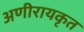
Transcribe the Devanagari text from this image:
अणीरायकृत